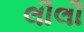
લૌલૌ